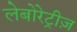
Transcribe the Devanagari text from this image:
लेबोरेट्रीज़